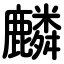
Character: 麟